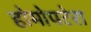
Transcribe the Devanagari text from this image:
होमोपटेरा